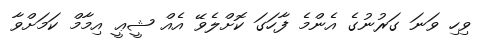
ވިހި ވަނަ ގަރުނުގެ އެންމެ ފާހަގަ ކޮށްލެވޭ އެއް ޝީޢީ އިމާމް ކަމަށްވާ